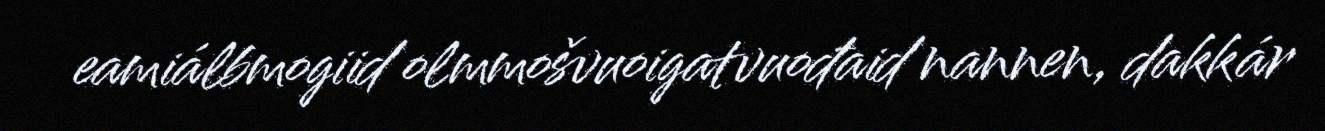
eamiálbmogiid olmmošvuoigatvuođaid nannen, dakkár